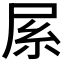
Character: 𡱏